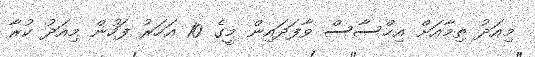
މިއަދު ތިމާއަށް އިޙްސާސް ވާފަދައިން މީގެ 10 އަހަރު ފަހުން މިއަދު ކުރާ